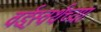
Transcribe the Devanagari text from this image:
वर्ड्‌स्वर्थच्या